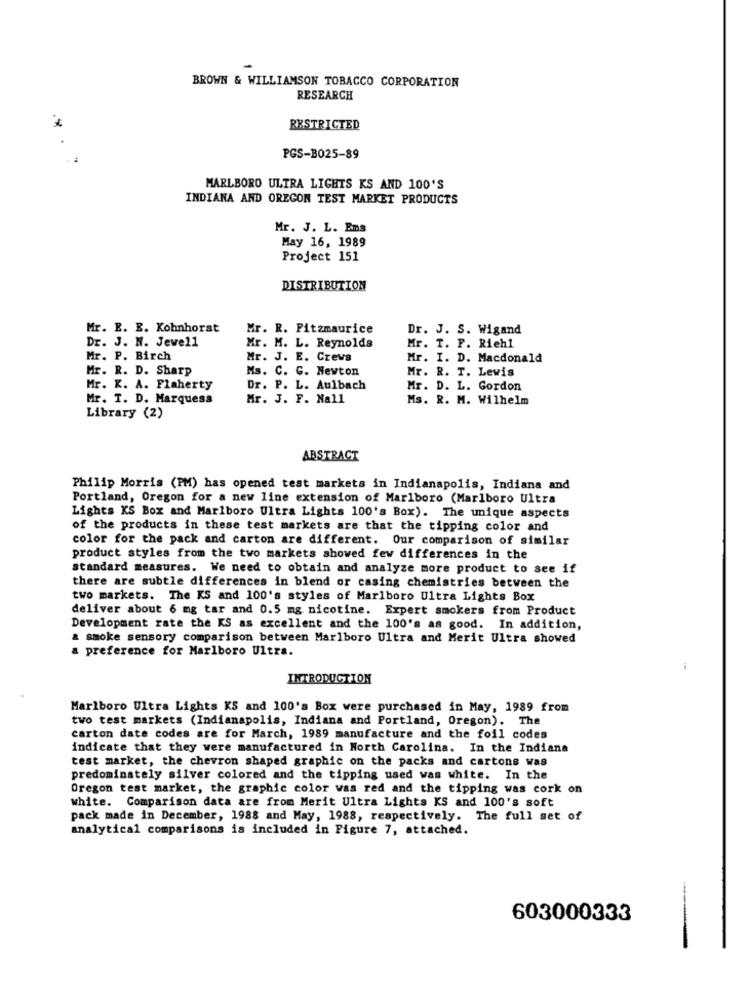
BROWN & WILLIAMSON TOBACCO CORPORATION
RESEARCH
RESTRICTED
...
PGS-B025-89
MARLBORO ULTRA LIGHTS KS AND 100'S
INDIANA AND OREGON TEST MARKET PRODUCTS
Mr. J. L. Ens
May 16, 1989
Project 151
DISTRIBUTION
Mr. E. E. Kohnhorst
Mr. R. Fitzmaurice
Dr. J. S. Wigand
Dr. J. N. Jewell
Mr. M. L. Reynolds
Mr. T. F. Riehl
Mr. P. Birch
Mr. J. E. Crews
Mr. I. D. Macdonald
Mr. R. D. Sharp
Ms. C. C. Newton
Mr. R. T. Lewis
Mr. K. A. Flaherty
Dr. P. L. Aulbach
Mr. D. L. Gordon
Mr. T. D. Marquess
Mr. J. F. Nall
Ms. R. M. Wilhelm
Library (2)
ABSTRACT
Philip Morris (PM) has opened test markets in Indianapolis, Indiana and
Portland, Oregon for a new line extension of Marlboro (Marlboro Ultra
Lights KS Box and Marlboro Ultra Lights 100's Box). The unique aspects
of the products in these test markets are that the tipping color and
color for the pack and carton are different. Our comparison of similar
product styles from the two markets showed few differences in the
standard measures. We need to obtain and analyze more product to see if
there are subtle differences in blend or casing chemistries between the
two markets. The KS and 100's styles of Marlboro Ultra Lights Box
deliver about 6 mg tar and 0.5 mg nicotine. Expert smokers from Product
Development rate the KS as excellent and the 100's as good. In addition,
a smoke sensory comparison between Marlboro Ultra and Merit Ultra showed
a preference for Marlboro Ultra.
INTRODUCTION
Marlboro Ultra Lights KS and 100's Box were purchased in May, 1989 from
two test markets (Indianapolis, Indiana and Portland, Oregon). The
carton date codes are for March, 1989 manufacture and the foil codes
indicate that they were manufactured in North Carolina. In the Indiana
test market, the chevron shaped graphic on the packs and cartons was
predominately silver colored and the tipping used was white. In the
Oregon test market, the graphic color was red and the tipping was cork on
white. Comparison data are from Merit Ultra Lights KS and 100's soft
pack made in December, 1988 and May, 1988, respectively. The full set of
analytical comparisons is included in Figure 7, attached.
603000333